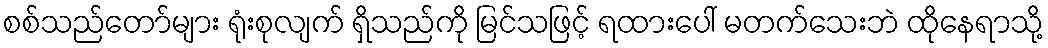
စစ်သည်တော်များ ရုံးစုလျက် ရှိသည်ကို မြင်သဖြင့် ရထားပေါ် မတက်သေးဘဲ ထိုနေရာသို့